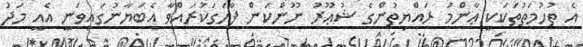
އެ ތުހުމަތުތަކަކީ ޢާންމު ރައްޔިތުންގެ ޝުޢޫރު ނޫންކަން ފާހަގަކުރައްވާ އެބަޔާނުގައިވަނީ އެއީ މަދު